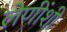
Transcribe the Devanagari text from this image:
लेणींशी